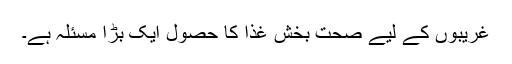
غریبوں کے لیے صحت بخش غذا کا حصول ایک بڑا مسئلہ ہے۔